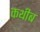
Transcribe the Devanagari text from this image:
कथीब